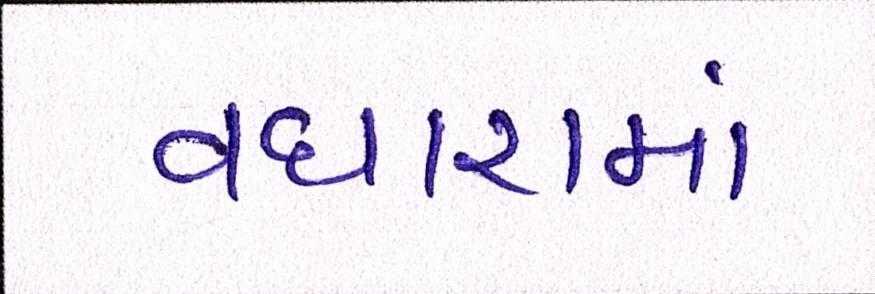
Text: વધારામાં